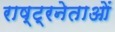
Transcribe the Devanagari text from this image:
राष्ट्रनेताओं